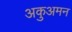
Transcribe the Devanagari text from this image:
अकुअमन